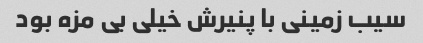
سیب زمینی با پنیرش خیلی بی مزه بود